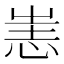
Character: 𢙌